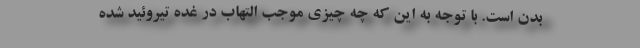
بدن است. با توجه به این که چه چیزی موجب التهاب در غده تیروئید شده